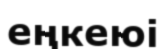
еңкеюі